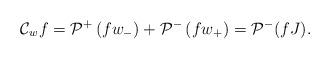
LaTeX: \begin{align*}\mathcal{C}_{w} f=\mathcal{P}^+\left(f w_-\right)+\mathcal{P}^{-}\left(f w_+\right)=\mathcal{P}^-(fJ).\end{align*}